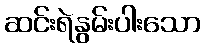
ဆင်းရဲနွမ်းပါးသော